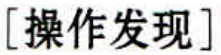
[操作发现]